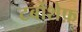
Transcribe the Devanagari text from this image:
टर्बोशेफ़